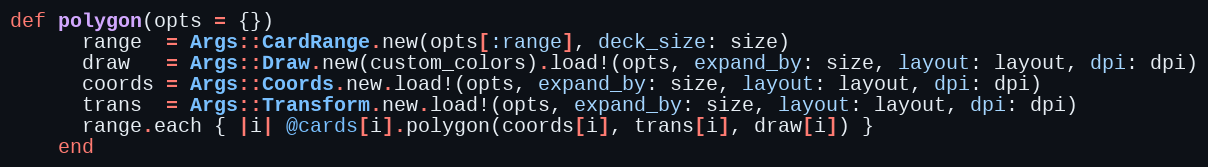
Language: Ruby
def polygon(opts = {})
      range  = Args::CardRange.new(opts[:range], deck_size: size)
      draw   = Args::Draw.new(custom_colors).load!(opts, expand_by: size, layout: layout, dpi: dpi)
      coords = Args::Coords.new.load!(opts, expand_by: size, layout: layout, dpi: dpi)
      trans  = Args::Transform.new.load!(opts, expand_by: size, layout: layout, dpi: dpi)
      range.each { |i| @cards[i].polygon(coords[i], trans[i], draw[i]) }
    end